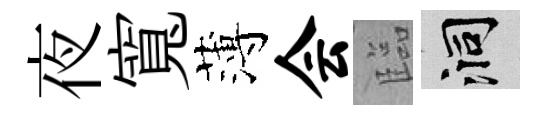
夜寬薄会臨洞